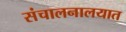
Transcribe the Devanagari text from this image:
संचालनालयात